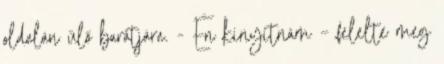
oldalán ülő barátjára. - Én kinyitnám – felelte meg